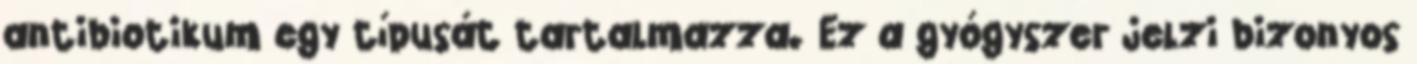
antibiotikum egy típusát tartalmazza. Ez a gyógyszer jelzi bizonyos